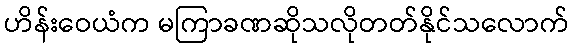
ဟိန်းဝေယံက မကြာခဏဆိုသလိုတတ်နိုင်သလောက်